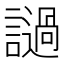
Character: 𲁺